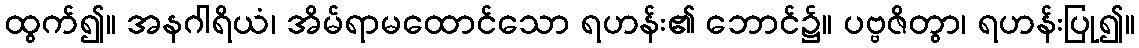
ထွက်၍။ အနဂါရိယံ၊ အိမ်ရာမထောင်သော ရဟန်း၏ ဘောင်၌။ ပဗ္ဗဇိတွာ၊ ရဟန်းပြု၍။